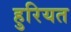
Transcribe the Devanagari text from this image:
हुरियत